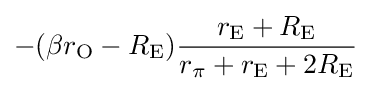
-(\beta r_{\mathrm {O} }-R_{\mathrm {E} }){\frac {r_{\mathrm {E} }+R_{\mathrm {E} }}{r_{\pi }+r_{\mathrm {E} }+2R_{\mathrm {E} }}}